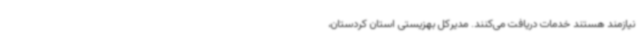
نیازمند هستند خدمات دریافت می‌کنند. مدیرکل بهزیستی استان کردستان،